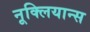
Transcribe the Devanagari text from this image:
नूक्लियान्स